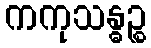
ကကုသန္ဓဉ္စ